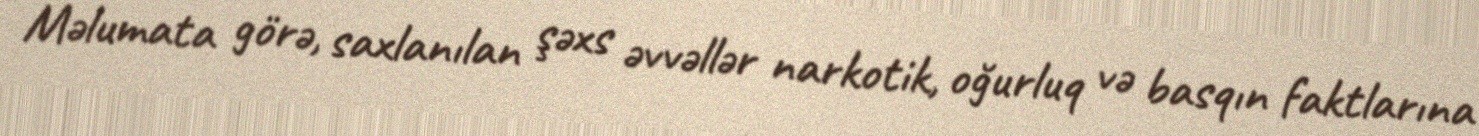
Məlumata görə, saxlanılan şəxs əvvəllər narkotik, oğurluq və basqın faktlarına